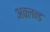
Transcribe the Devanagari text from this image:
अक्लन्ड